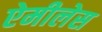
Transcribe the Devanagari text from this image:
ऐमीलेस